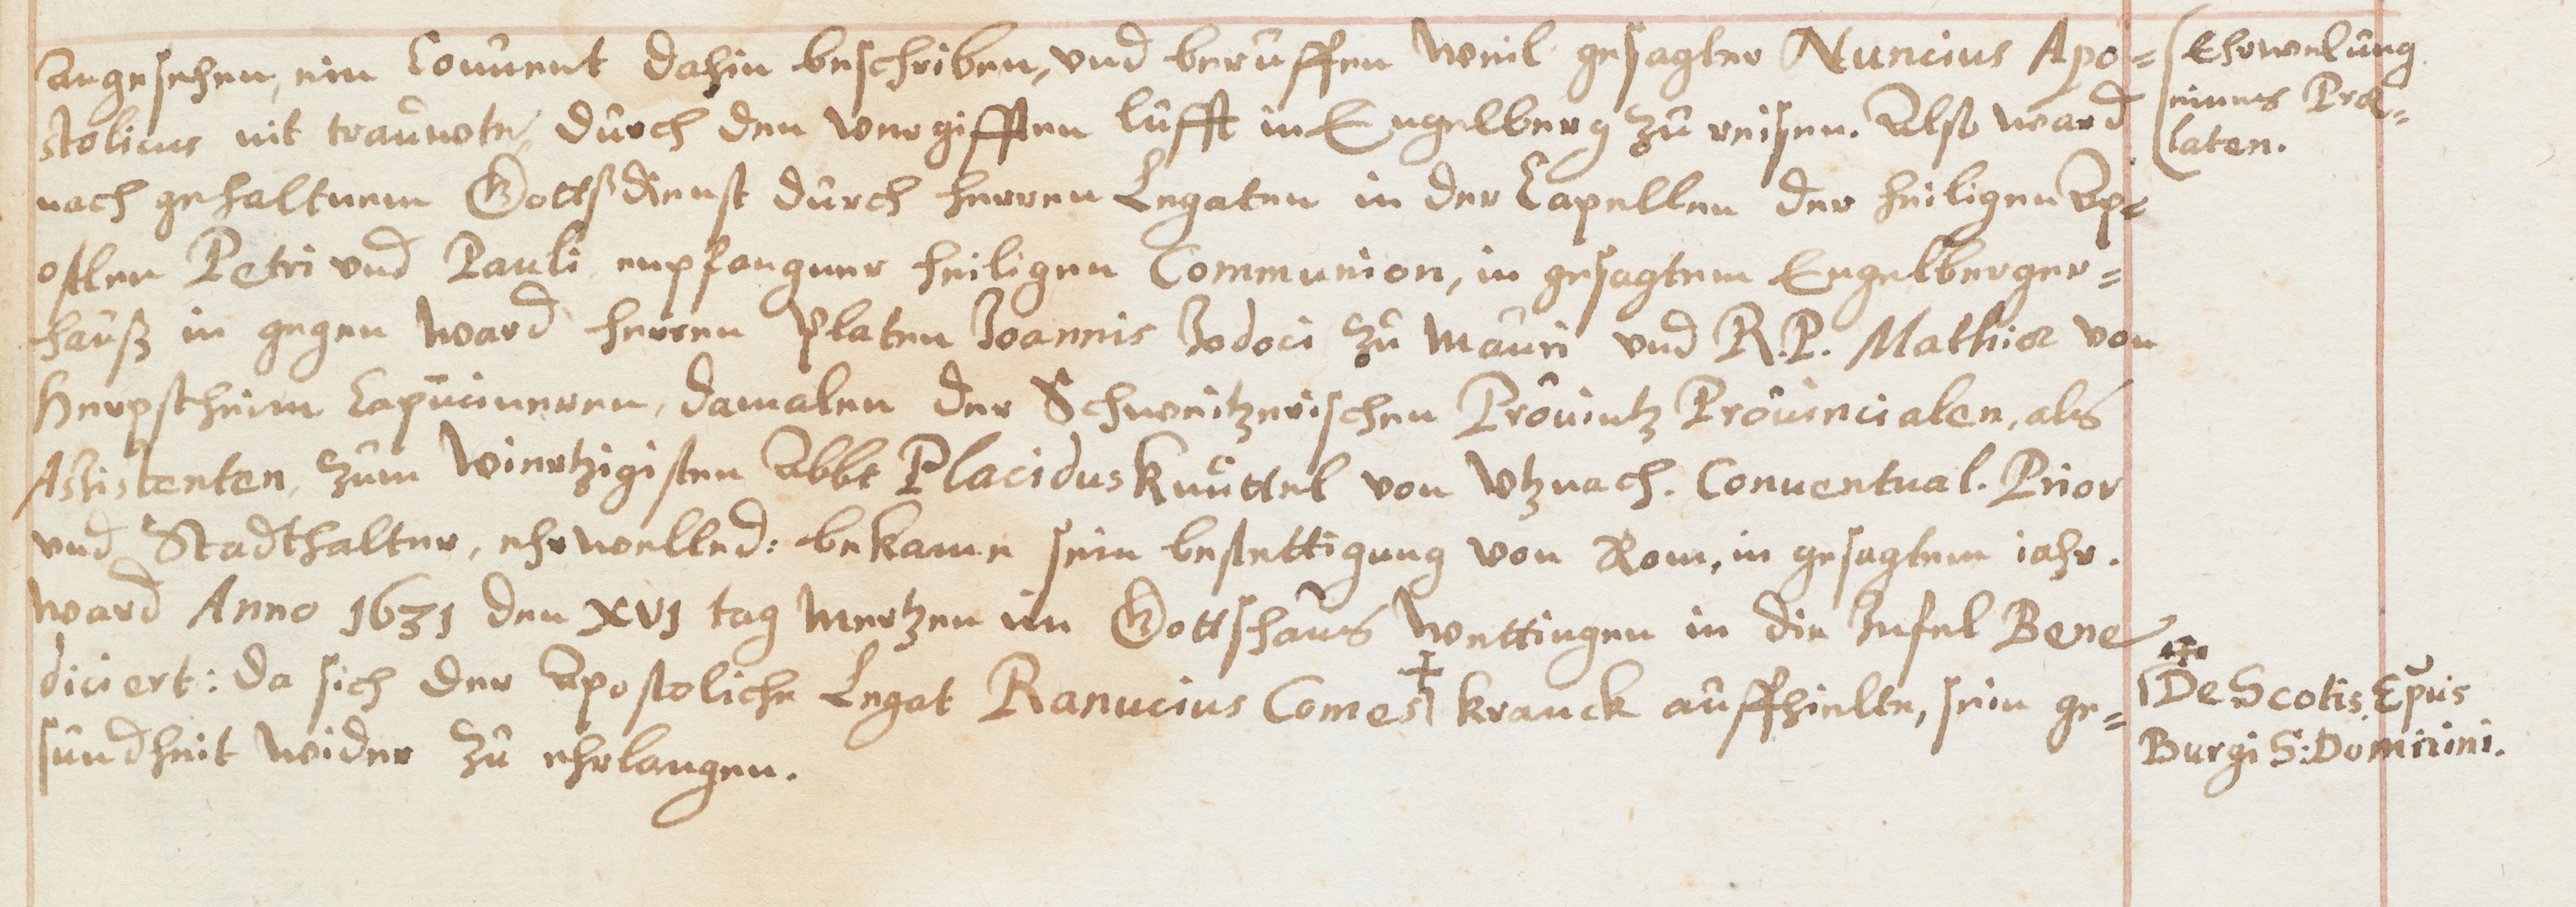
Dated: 1631–1661